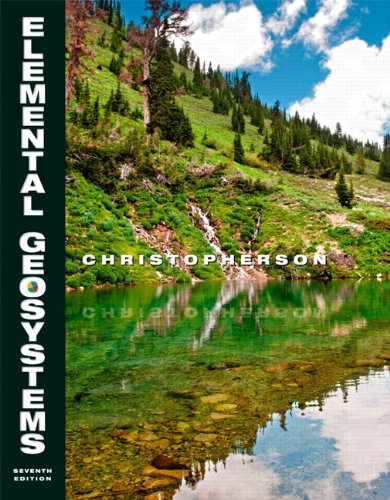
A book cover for Elemental Geosystems (7th Edition); Robert W. Christopherson; Test Preparation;